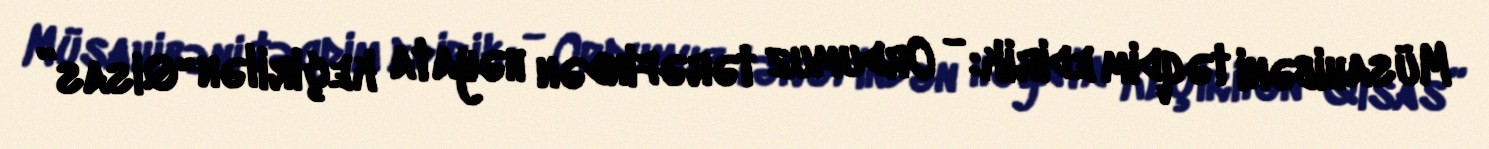
Müsahibəni təqdim edirik: - Ordumuz tərəfindən həyata keçirilən “Qisas”